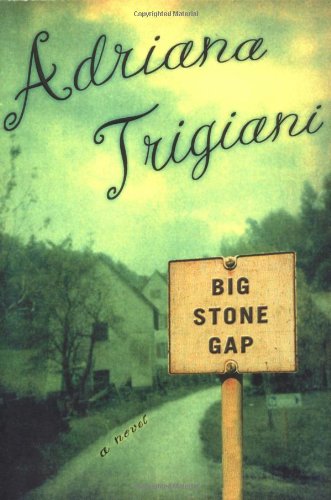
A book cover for Big Stone Gap; Adriana Trigiani; Romance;